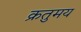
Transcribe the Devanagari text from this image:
क्रतुमय